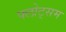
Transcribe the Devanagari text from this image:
फ्लोट्सम